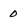
Character: 0